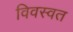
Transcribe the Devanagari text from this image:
विवस्वत